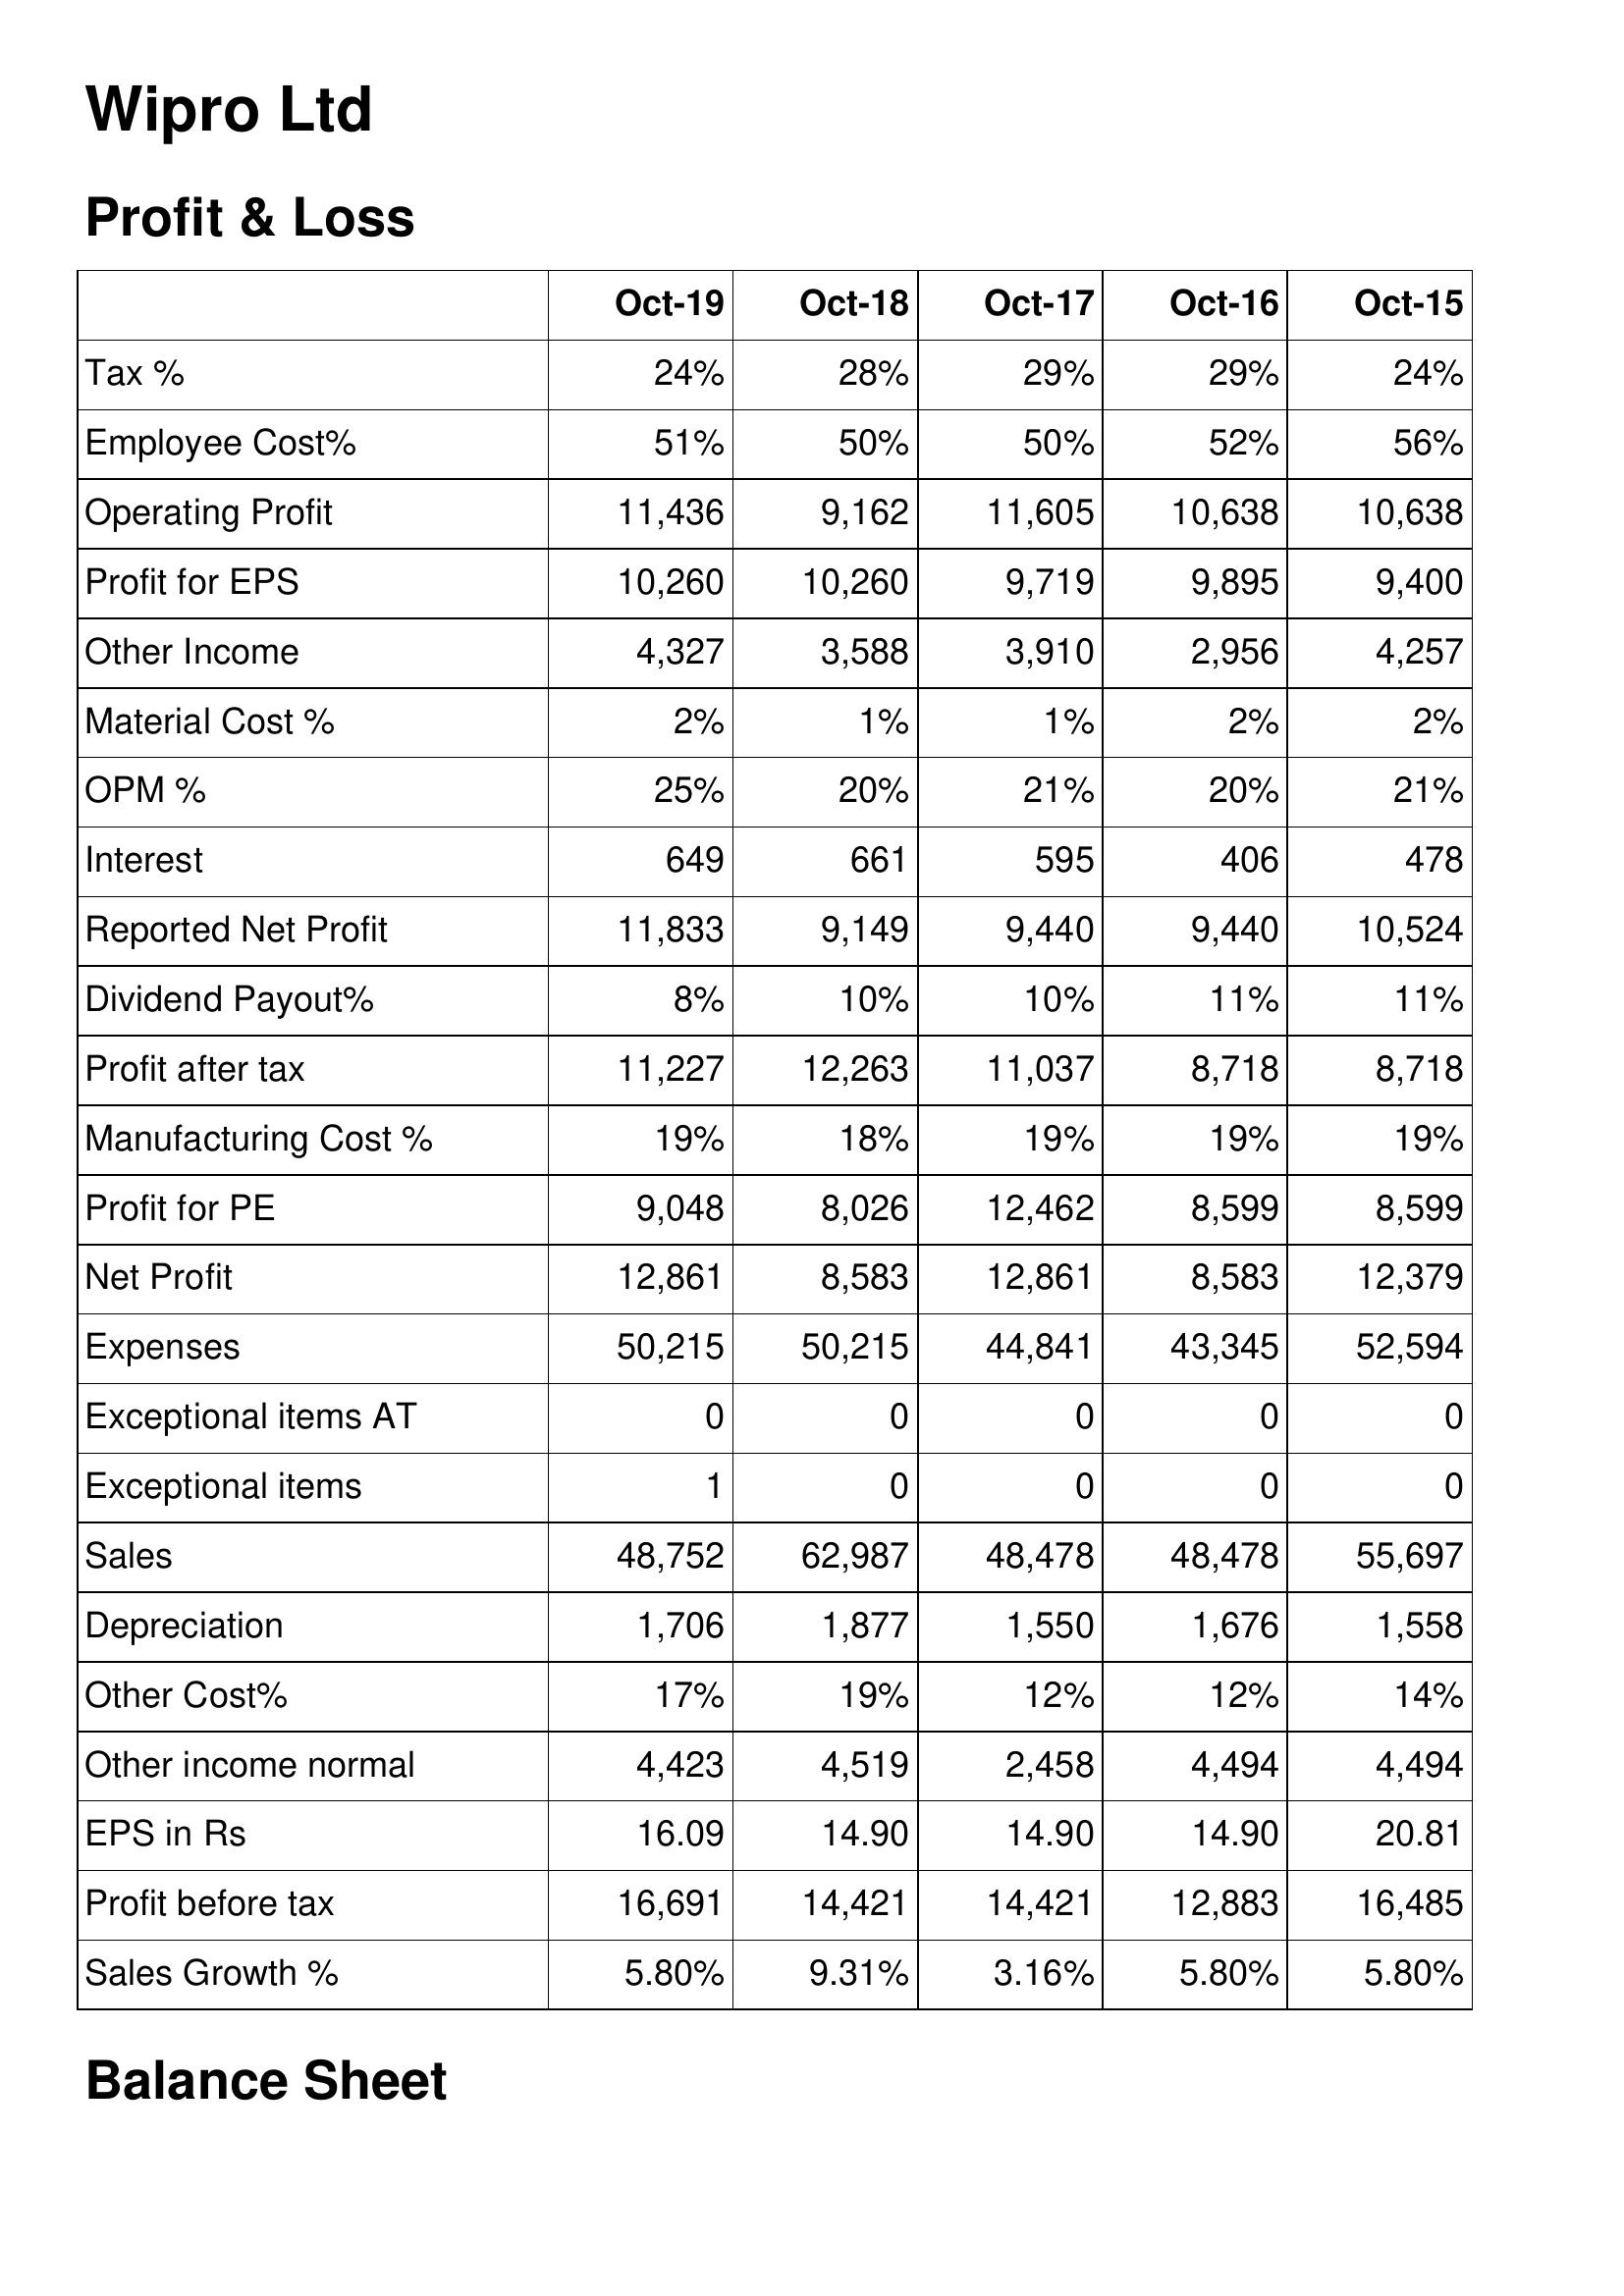
Oct-19: Profit & Loss: Tax %: 24%
Employee Cost%: 51%
Operating Profit: 11,436
Profit for EPS: 10,260
Other Income: 4,327
Material Cost %: 2%
OPM %: 25%
Interest: 649
Reported Net Profit: 11,833
Dividend Payout%: 8%
Profit after tax: 11,227
Manufacturing Cost %: 19%
Profit for PE: 9,048
Net Profit: 12,861
Expenses: 50,215
Exceptional items AT: 0
Exceptional items: 1
Sales: 48,752
Depreciation: 1,706
Other Cost%: 17%
Other income normal: 4,423
EPS in Rs: 16.09
Profit before tax: 16,691
Sales Growth %: 5.80%
Oct-18: Profit & Loss: Tax %: 28%
Employee Cost%: 50%
Operating Profit: 9,162
Profit for EPS: 10,260
Other Income: 3,588
Material Cost %: 1%
OPM %: 20%
Interest: 661
Reported Net Profit: 9,149
Dividend Payout%: 10%
Profit after tax: 12,263
Manufacturing Cost %: 18%
Profit for PE: 8,026
Net Profit: 8,583
Expenses: 50,215
Exceptional items AT: 0
Exceptional items: 0
Sales: 62,987
Depreciation: 1,877
Other Cost%: 19%
Other income normal: 4,519
EPS in Rs: 14.90
Profit before tax: 14,421
Sales Growth %: 9.31%
Oct-17: Profit & Loss: Tax %: 29%
Employee Cost%: 50%
Operating Profit: 11,605
Profit for EPS: 9,719
Other Income: 3,910
Material Cost %: 1%
OPM %: 21%
Interest: 595
Reported Net Profit: 9,440
Dividend Payout%: 10%
Profit after tax: 11,037
Manufacturing Cost %: 19%
Profit for PE: 12,462
Net Profit: 12,861
Expenses: 44,841
Exceptional items AT: 0
Exceptional items: 0
Sales: 48,478
Depreciation: 1,550
Other Cost%: 12%
Other income normal: 2,458
EPS in Rs: 14.90
Profit before tax: 14,421
Sales Growth %: 3.16%
Oct-16: Profit & Loss: Tax %: 29%
Employee Cost%: 52%
Operating Profit: 10,638
Profit for EPS: 9,895
Other Income: 2,956
Material Cost %: 2%
OPM %: 20%
Interest: 406
Reported Net Profit: 9,440
Dividend Payout%: 11%
Profit after tax: 8,718
Manufacturing Cost %: 19%
Profit for PE: 8,599
Net Profit: 8,583
Expenses: 43,345
Exceptional items AT: 0
Exceptional items: 0
Sales: 48,478
Depreciation: 1,676
Other Cost%: 12%
Other income normal: 4,494
EPS in Rs: 14.90
Profit before tax: 12,883
Sales Growth %: 5.80%
Oct-15: Profit & Loss: Tax %: 24%
Employee Cost%: 56%
Operating Profit: 10,638
Profit for EPS: 9,400
Other Income: 4,257
Material Cost %: 2%
OPM %: 21%
Interest: 478
Reported Net Profit: 10,524
Dividend Payout%: 11%
Profit after tax: 8,718
Manufacturing Cost %: 19%
Profit for PE: 8,599
Net Profit: 12,379
Expenses: 52,594
Exceptional items AT: 0
Exceptional items: 0
Sales: 55,697
Depreciation: 1,558
Other Cost%: 14%
Other income normal: 4,494
EPS in Rs: 20.81
Profit before tax: 16,485
Sales Growth %: 5.80%